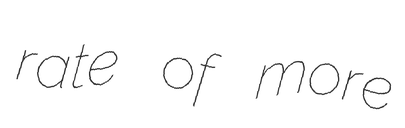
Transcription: rate of more